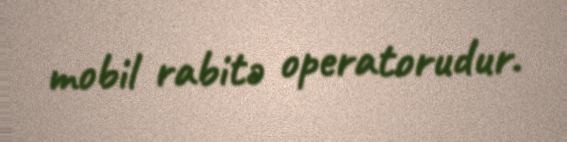
mobil rabitə operatorudur.